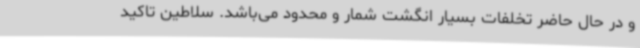
و در حال حاضر تخلفات بسیار انگشت شمار و محدود می‌باشد. سلاطین تاکید